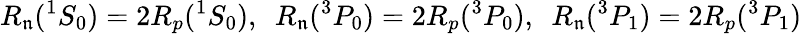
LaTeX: R_{\mathfrak{n}}({}^{1}S_{0})=2R_{p}({}^{1}S_{0}),\, \, \, R_{\mathfrak{n}}({}^{3}P_{0})=2R_{p}(^{3}P_{0}),\, \, \, R_{\mathfrak{n}}({}^{3}P_{1})=2R_{p}({}^{3}P_{1})